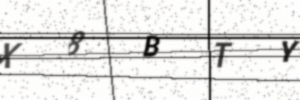
Text: X8BTY